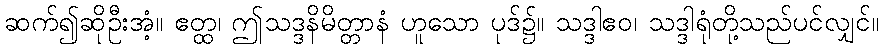
ဆက်၍ဆိုဦးအံ့။ ဧတ္ထ၊ ဤသဒ္ဒနိမိတ္တာနံ ဟူသော ပုဒ်၌။ သဒ္ဒါဧဝ၊ သဒ္ဒါရုံတို့သည်ပင်လျှင်။